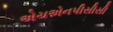
એચએનપીસીસી